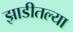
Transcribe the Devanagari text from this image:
झाडीतल्या